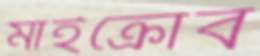
মাইক্রোব